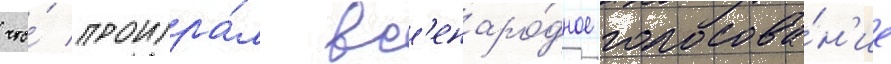
что́ проигра́л вс'енаро́дное голосова́н'ие